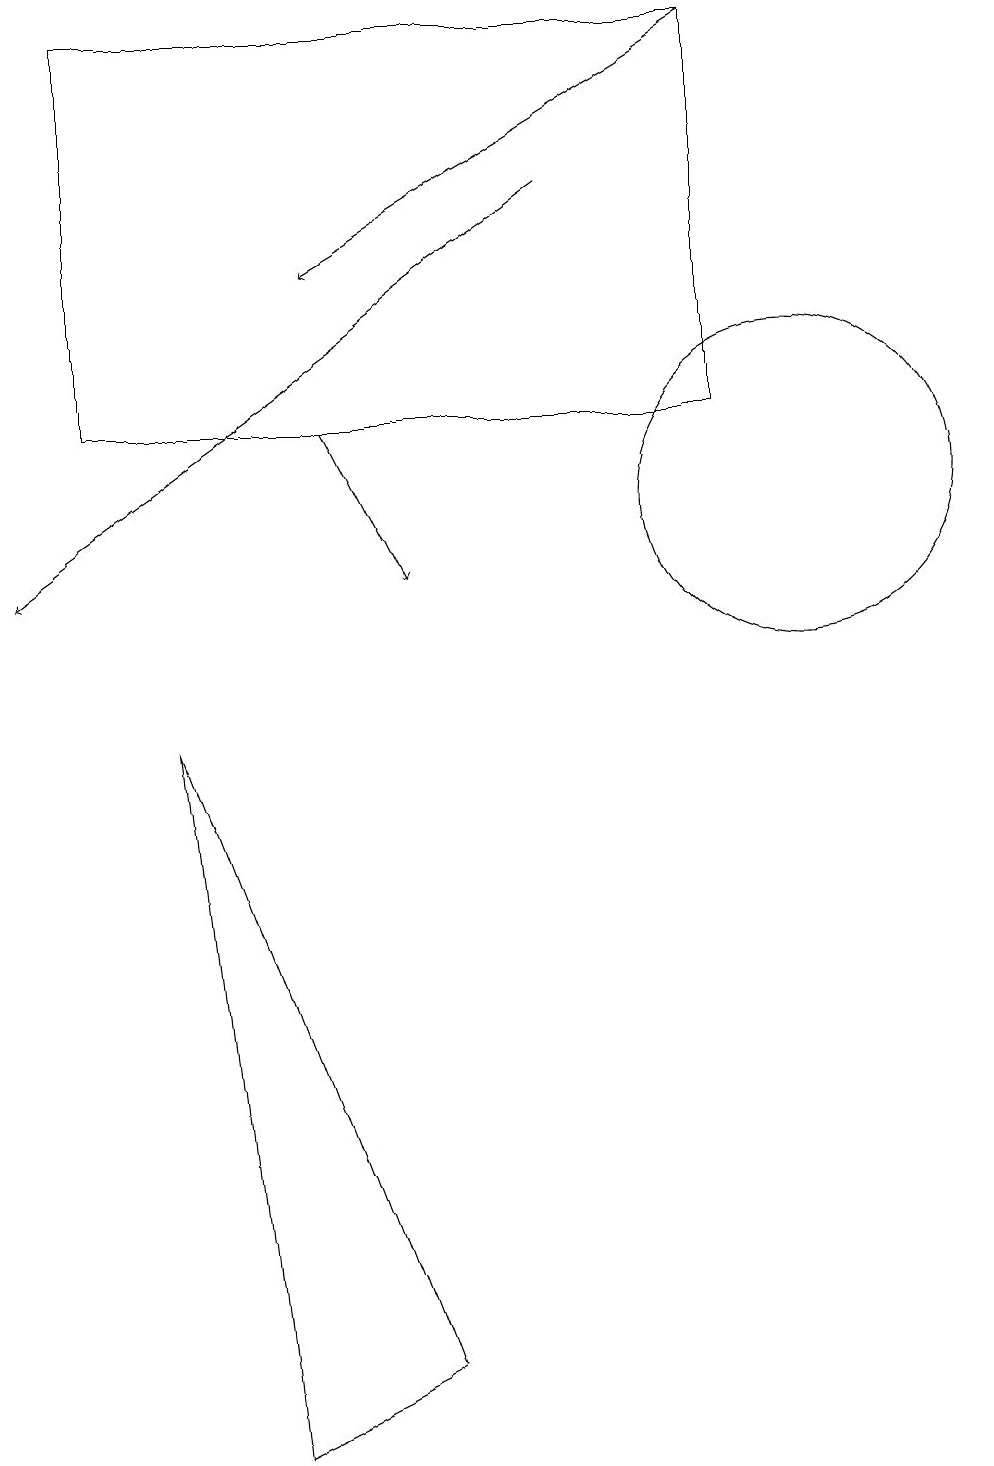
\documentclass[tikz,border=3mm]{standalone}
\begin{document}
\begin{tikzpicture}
\draw (2,9) -- (5,1) -- (3,0) -- cycle;
\draw (10,12) circle (2);
\draw[->] (9,18) -- (4,15);
\draw (1,13) rectangle (9,18);
\draw[->] (7,16) -- (0,11);
\draw[->] (4,13) -- (5,11);
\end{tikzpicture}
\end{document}